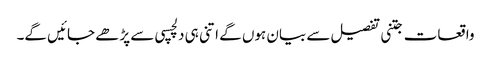
واقعات جتنی تفصیل سے بیان ہوں گے اتنی ہی دلچسپی سے پڑھے جائیں گے۔